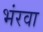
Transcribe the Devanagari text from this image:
भंरवा